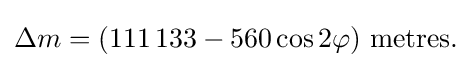
\Delta m=(111\,133-560\cos 2\varphi ){\mbox{ metres.}}